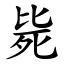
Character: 毙